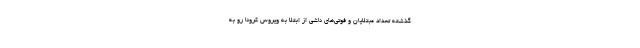
گذشته تعداد مبتلایان و فوتی‌های ناشی از ابتلا به ویروس کرونا رو به